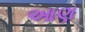
આણ